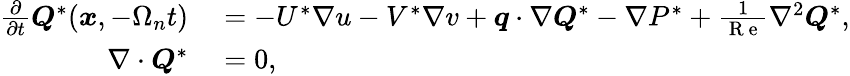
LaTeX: \begin{array}{rl}{\frac{\partial}{\partial t}\boldsymbol{Q}^{*}(\boldsymbol{x},-\Omega_{n}t)}&{{}=-U^{*}\nabla u-V^{*}\nabla v+\boldsymbol{q}\cdot\nabla\boldsymbol{Q}^{*}-\nabla P^{*}+\frac{1}{\mathrm{~R~e~}}\nabla^{2}\boldsymbol{Q}^{*},}\\ {\nabla\cdot\boldsymbol{Q}^{*}}&{{}=0,}\end{array}